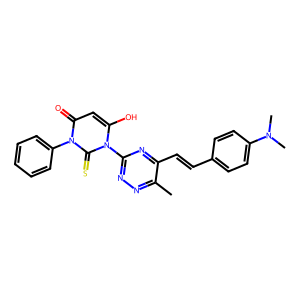
SMILES: Cc1nnc(-n2c(O)cc(=O)n(-c3ccccc3)c2=S)nc1C=Cc1ccc(N(C)C)cc1
Inhibits HIV replication: No